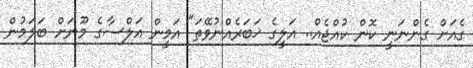
ގެއަށް ގެންނަނީ ކޮން ކުއްޖެއް.. އަލީގެ ޚަބަރެއްނުވޭތަ" އަމީން އަލްސާގެ މޫނަށް ބަލަމުން